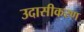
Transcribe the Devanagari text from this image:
उदासीकरण